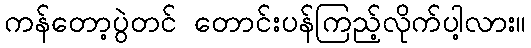
ကန်တော့ပွဲတင် တောင်းပန်ကြည့်လိုက်ပါ့လား။